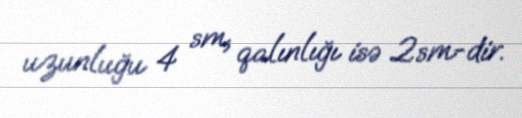
uzunluğu 4 sm, qalınlığı isə 2sm-dir.